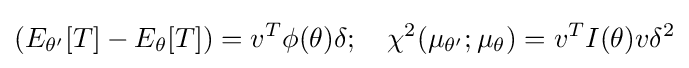
(E_{\theta '}[T]-E_{\theta }[T])=v^{T}\phi (\theta )\delta ;\quad \chi ^{2}(\mu _{\theta '};\mu _{\theta })=v^{T}I(\theta )v\delta ^{2}